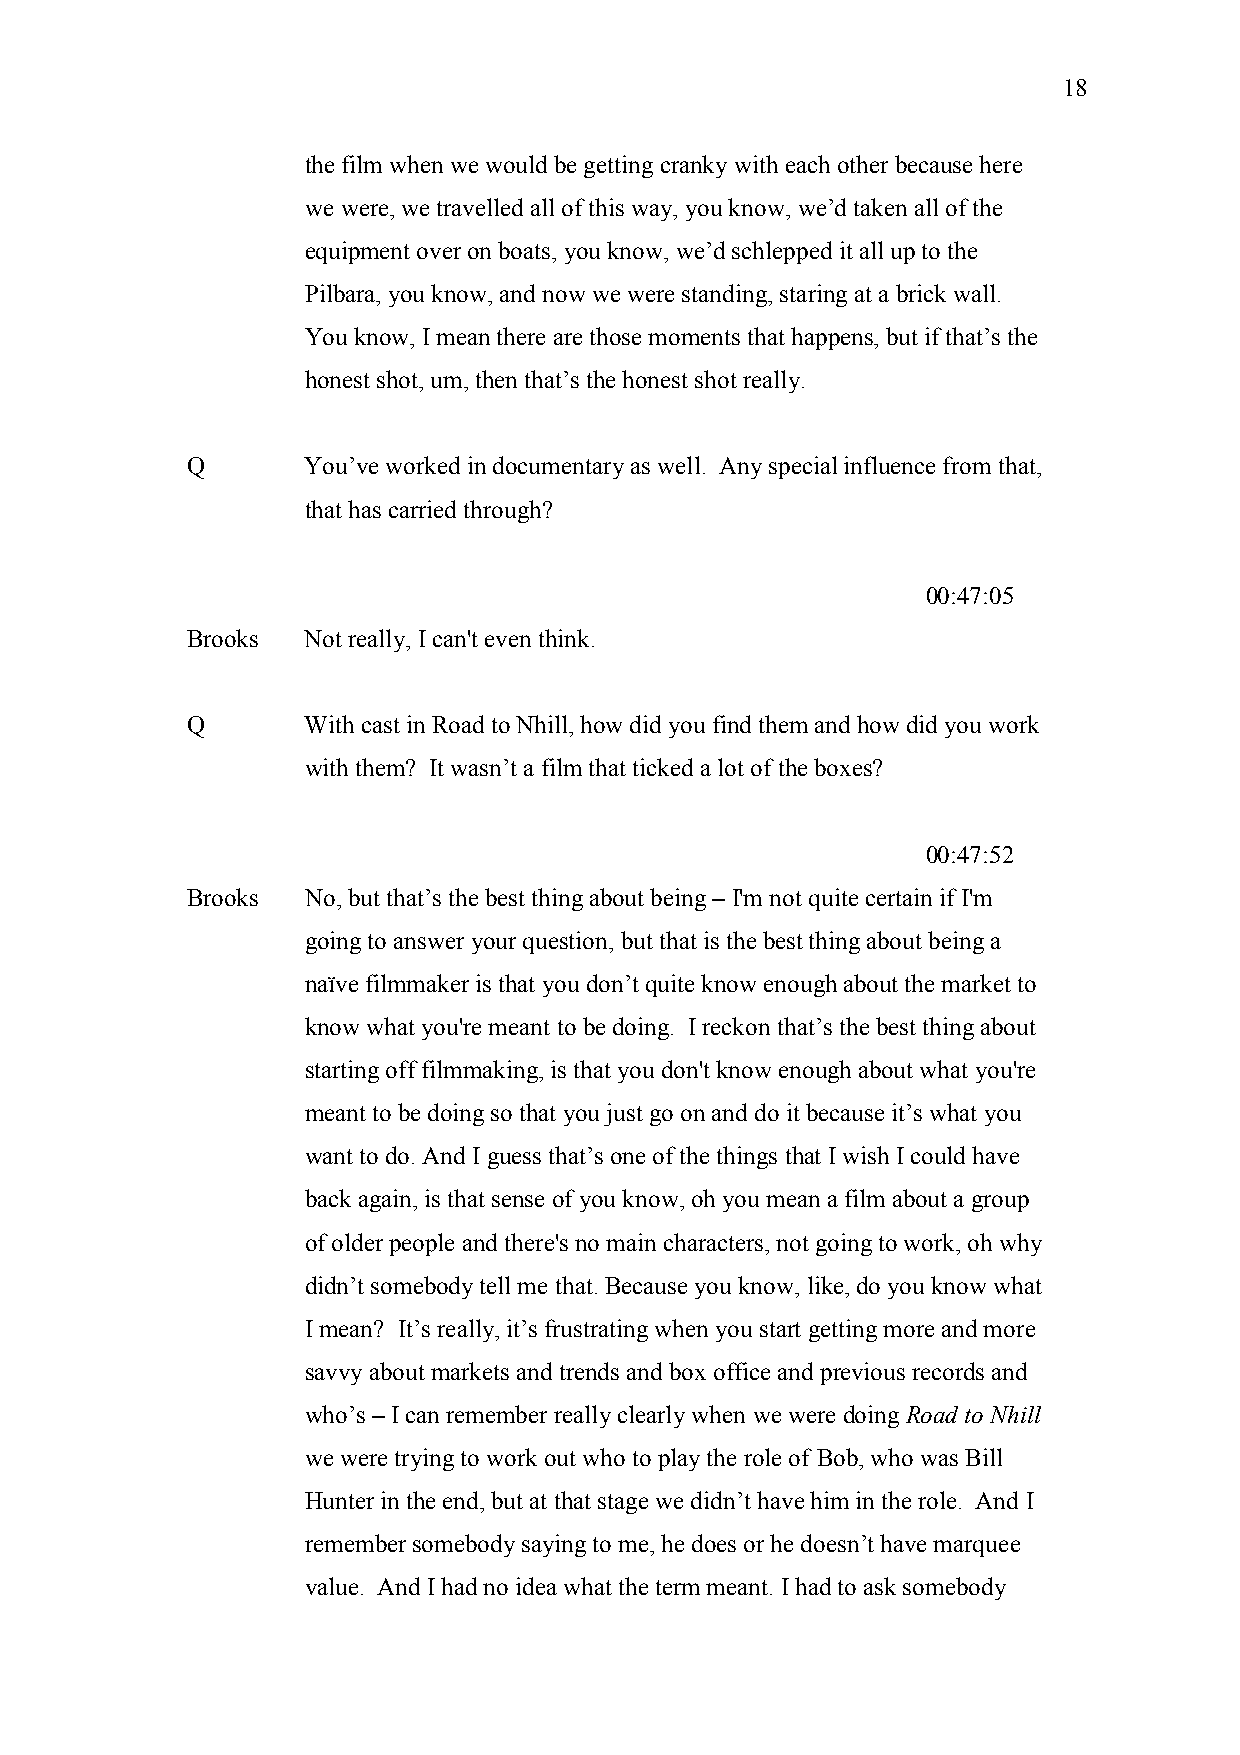
18
 the film when we would be getting cranky with each other because here
 we were, we travelled all of this way, you know, we’d taken all of the
 equipment over on boats, you know, we’d schlepped it all up to the
 Pilbara, you know, and now we were standing, staring at a brick wall.
 You know, I mean there are those moments that happens, but if that’s the
 honest shot, um, then that’s the honest shot really.
 Q       You’ve worked in documentary as well. Any special influence from that,
 that has carried through?
 00:47:05
 Brooks  Not really, I can't even think.
 Q       With cast in Road to Nhill, how did you find them and how did you work
 with them? It wasn’t a film that ticked a lot of the boxes?
 00:47:52
 Brooks  No, but that’s the best thing about being – I'm not quite certain if I'm
 going to answer your question, but that is the best thing about being a
 naïve filmmaker is that you don’t quite know enough about the market to
 know what you're meant to be doing. I reckon that’s the best thing about
 starting off filmmaking, is that you don't know enough about what you're
 meant to be doing so that you just go on and do it because it’s what you
 want to do. And I guess that’s one of the things that I wish I could have
 back again, is that sense of you know, oh you mean a film about a group
 of older people and there's no main characters, not going to work, oh why
 didn’t somebody tell me that. Because you know, like, do you know what
 I mean? It’s really, it’s frustrating when you start getting more and more
 savvy about markets and trends and box office and previous records and
 who’s – I can remember really clearly when we were doing Road to Nhill
 we were trying to work out who to play the role of Bob, who was Bill
 Hunter in the end, but at that stage we didn’t have him in the role. And I
 remember somebody saying to me, he does or he doesn’t have marquee
 value. And I had no idea what the term meant. I had to ask somebody